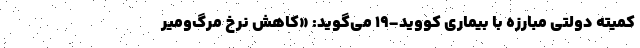
کمیته دولتی مبارزه با بیماری کووید-۱۹ می‌گوید: «کاهش نرخ مرگ‌ومیر